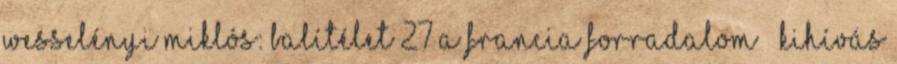
Wesselényi Miklós: Balítélet 27 A francia forradalom – kihívás